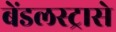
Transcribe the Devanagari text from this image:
बेंडलस्ट्रासे